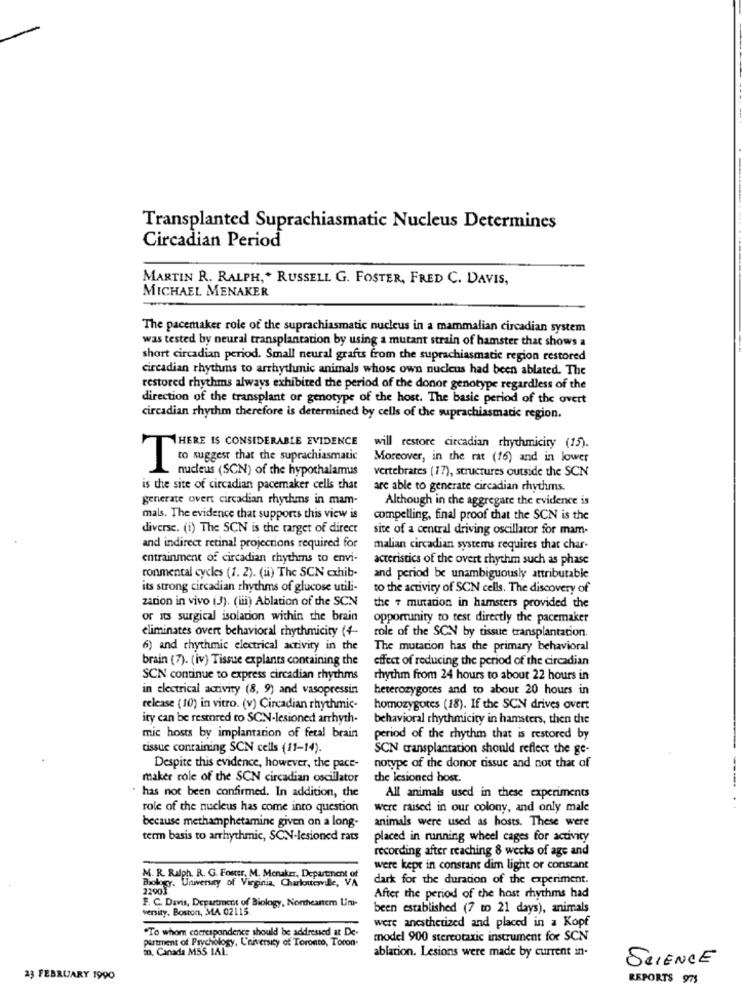
Transplanted Suprachiasmatic Nucleus Determines
Circadian Period
MARTIN R. RALPH, * RUSSELL G. FOSTER, FRED C. DAVIS,
MICHAEL MENAKER
The pacemaker role of the suprachiasmatic nucleus in a mammalian circadian system
was tested by neural transplantation by using a mutant strain of hamster that shows a
short circadian period. Small neural grafts from the suprachiasmatic region restored
circadian rhythms to arrhythmic animals whose own nucleus had been ablated. The
restored rhythms always exhibited the period of the donor genotype regardless of the
direction of the transplant or genotype of the host. The basic period of the overt
circadian rhythm therefore is determined by cells of the suprachiasmadie region.
THERE IS CONSIDERABLE EVIDENCE
will restore circadian rhychmicity (15).
Moreover, in the rat (16) and in lower
I suggest that the suprachiasmatic
nucleus (SCN) of the hypothalamus
vertebrates ( 17), structures outside the SCN
is the site of circadian pacemaker cells that
are able to generate circadian rhythms.
generate overt circadian rhythms in mam-
Although in the aggregate the evidence is
mals. The evidence that supports this view is
compelling, final proof that the SCN is the
diverse. (i) The SCN is the target of direct
site of a central driving oscillator for mam-
and indirect retinal projections required for
malian circadian systems requires that char-
entrainment of circadian rhythms to envi-
acteristics of the overt rhythm such as phase
ronmental cycles (1. 2). (ii) The SCN exhib-
and period be unambiguously attributable
its strong circadian rhythms of glucose utili-
to the activity of SCN cells. The discovery of
zation in vivo (J). (iii) Ablation of the SCN
the + mutation in hamsters provided the
or its surgical isolation within the brain
opportunity to test directly the pacemaker
eliminates overt behavioral rhythmicity (4-
role of the SCN by tissue transplantation.
6) and rhythmic electrical activity in the
The mutation has the primary behavioral
brain (7). (iv) Tissue explants containing the
effect of reducing the period of the circadian
SCN continue to express circadian rhythms
rhythm from 24 hours to about 22 hours in
in electrical activity (8, 9) and vasopressin
heterozygotes and to about 20 hours in
release (10) in vitro. (v) Circadian rhythmic-
homozygotes (18). If the SCN drives overt
ity can be restored to SCN-lesioned arrhyth-
behavioral rhythmicity in hamsters, then the
mic hosts by implantation of fetal brain
period of the rhythm that is restored by
tissue containing SCN cells (11-14).
SCN transplantation should reflect the ge-
Despite this evidence, however, the pace-
notype of the donor tissue and not that of
maker role of the SCN circadian oscillator
the lesioned host.
----
has not been confirmed. In addition, the
All animals used in these experiments
role of the nucleus has come into question
were raised in our colony, and only male
because methamphetamine given on a long-
animals were used as hosts. These were
term basis to arrhythmic, SCN-lesioned rats
placed in running wheel cages for activity
recording after reaching 8 weeks of age and
were kept in constant dim light or constant
Biology, Universay of Virginia, Charloucole, VA
M. R. Ralph. R. G. Foster, M. Menaker, Department of
dark for the duration of the experiment.
22903
F. C. Davis, Department of Biology, Northeartem Uni-
After the period of the host rhythms had
versity. Boston, MA 02115.
been established (7 to 21 days), animals
were anesthetized and placed in a Kopf
"To whom correspondence should be addressed at De-
Pirtrent of Psychology, Unh crsity of Toronto, Toron-
model 900 stereotaxic instrument for SCN
in, Canada M5S IAL
ablation. Lesions were made by current in.
SCIENCE
23 FEBRUARY 1990
REPORTS 975